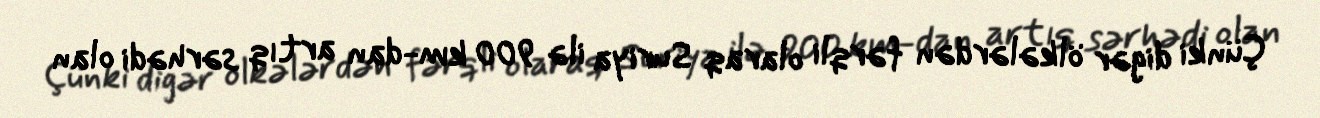
Çünki digər ölkələrdən fərqli olaraq Suriya ilə 900 km-dan artıq sərhədi olan